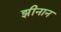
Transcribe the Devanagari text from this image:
झीनान